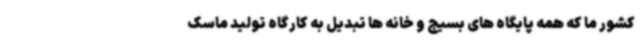
کشور ما که همه پایگاه های بسیج و خانه ها تبدیل به کارگاه تولید ماسک